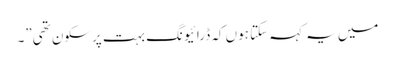
میں یہ کہہ سکتا ہوں کہ ڈرائیونگ بہت پرسکون تھی”۔